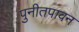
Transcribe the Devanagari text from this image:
पुनीतपावन